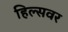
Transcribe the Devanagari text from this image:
हिल्सवर